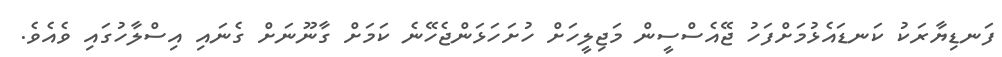
ފަނޑިޔާރަކު ކަނޑައެޅުމަށްފަހު ޖޭއެސްސީން މަޖިލީހަށް ހުށަހަޅަންޖެހޭނެ ކަމަށް ގާނޫނަށް ގެނައި އިސްލާހުގައި ވެއެވެ.